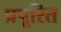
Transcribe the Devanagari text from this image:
प्रपूरित